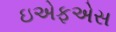
ઇએફએસ